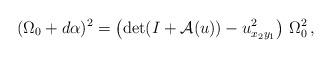
LaTeX: \begin{align*}(\Omega_0+d\alpha)^2=\left(\det(I+\mathcal{A}(u))-u_{x_2y_1}^2\right)\,\Omega_0^2\,,\end{align*}